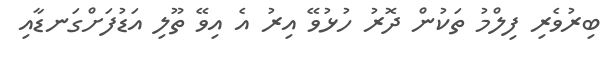
ބިރުވެރި ފިލްމު ތަކުން ދޮރު ހުޅުވޭ އިރު އެ އިވޭ ތޫލި އަޑުފަށްގަނޑާއި